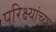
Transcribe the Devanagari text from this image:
परिक्ष्यांच्या